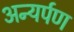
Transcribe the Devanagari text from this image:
अन्यर्पण